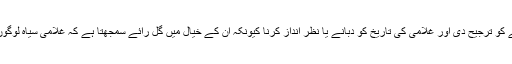
مزید، ایک شاندار ماضی کی خواہش میں افریقہ کے ساتھ جدییدیت کے آگے کرنے کو ترجیح دی اور غلامی کی تاریخ کو دبانے یا نظر انداز کرنا کیونکہ ان کے خیال میں گل رائے سمجھتا ہے کہ غلامی سیاہ لوگوں کے لئے ظالمانہ دور کی نشاندہی ہے اور اس لئے روایت ان کو مٹانا چاہتی ہے۔